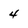
Character: 4